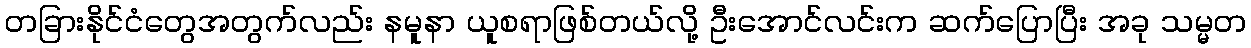
တခြားနိုင်ငံတွေအတွက်လည်း နမူနာ ယူစရာဖြစ်တယ်လို့ ဦးအောင်လင်းက ဆက်ပြောပြီး အခု သမ္မတ